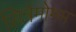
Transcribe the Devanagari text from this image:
सिन्नेमोमम